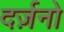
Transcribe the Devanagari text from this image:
दर्ज़नो